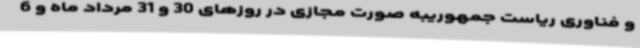
و فناوری ریاست جمهوریبه صورت مجازی در روزهای 30 و 31 مرداد ماه و 6